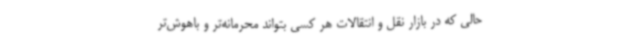
حالی که در بازار نقل و انتقالات هر کسی بتواند محرمانه‌تر و باهوش‌تر